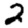
Digit: 2